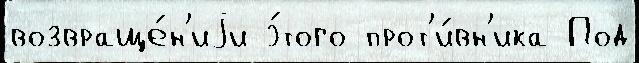
возвраще́н'иjи э́того прот'и́вн'ика Под